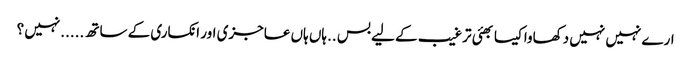
ارے نہیں نہیں دکھاوا کیسا بھئی ترغیب کے لیے بس ..ہاں ہاں عاجزی اور انکساری کے ساتھ .....نہیں ؟